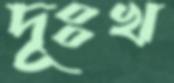
দূঃখ